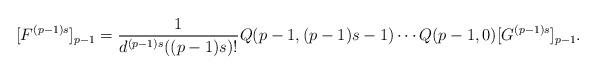
LaTeX: \begin{align*} [F^{(p-1) s}]_{p-1} = \frac{1}{d^{(p-1)s} ((p-1)s)!} Q(p - 1, (p-1)s - 1) \cdots Q(p - 1, 0) [G^{(p-1)s}]_{p-1}.\end{align*}